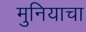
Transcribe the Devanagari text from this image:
मुनियाचा